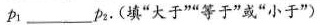
p_{1}___p_{2}。(填”大于””等于”或”小于”)